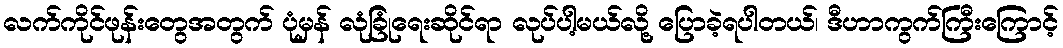
လက်ကိုင်ဖုန်းတွေအတွက် ပုံမှန် လုံခြုံရေးဆိုင်ရာ လုပ်ပါ့မယ်လို့ ပြောခဲ့ရပါတယ်၊ ဒီဟာကွက်ကြီးကြောင့်